Annual report of the Madras Medical College
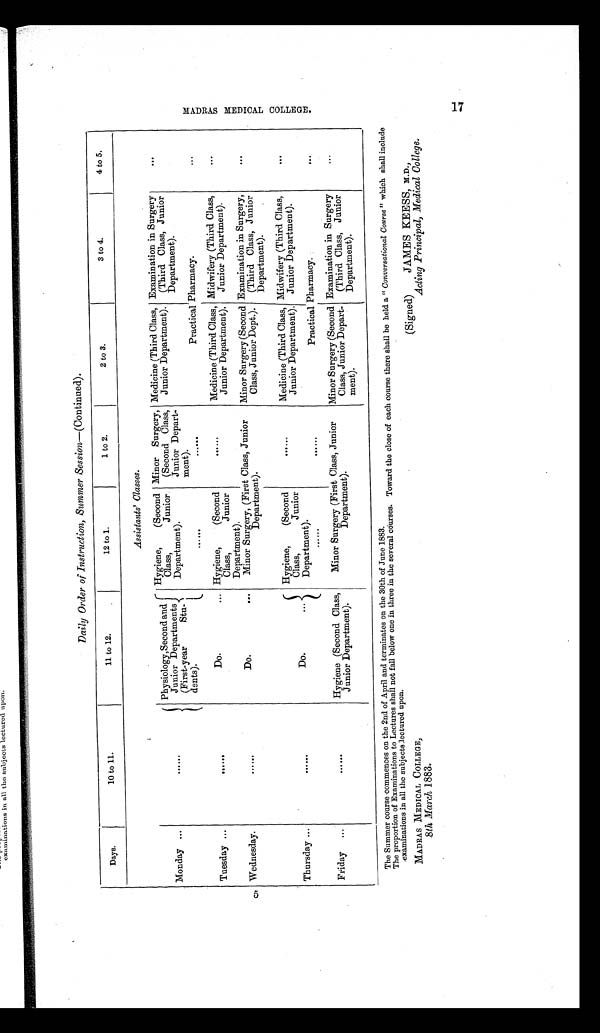
MADRAS MEDI CAL COLLEGE. 17
Daily Order of Instruction, Summer Session —(Continued).
Days.
10 to 11.
11 to 12.
12 to 1.
1 to 2.
2 to 3.
3 to 4.
4 to 5.
Assistants' Classes.
Monday ...
......
Physiology, Second and
Junior Departments
(First-year
Stu-
dents).
Hygiene,
(Second
Class,
Junior
Department).
Minor Surgery,
(Second Class,
Junior Depart-
ment).
Medicine (Third Class,
Junior Department).
Examination in Surgery
(Third Class, Junior
Department).
. . .
......
Practical Pharmacy.
. . .
Tuesday
. . .
. . . . . .
Do.
... Hygiene,
(Second
Class,
Junior
Department).
......
Medicine (Third Class,
Junior Department).
Midwifery (Third Class,
Junior Department).
...
Wednesday.
Do.
Minor Surgery, (First Class, Junior
Department).
Minor Surgery (Second
Class, Junior Dept.).
Examination in Surgery,
(Third Class, Junior
Department).
. . .
Thursday ...
Do.
...
Hygiene,
(Second
Class,
Junior
Department).
......
Medicine (Third Class,
Junior Department).
Midwifery (Third Class,
Junior Department).
. . .
Practical Pharmacy.
...
Friday
...
Hygiene (Second Class,
Junior Department).
Minor Surgery (First Class, Junior
Department).
Minor Surgery (Second
Class, Junior Depart-
ment).
Examination in Surgery
(Third Class, Junior
Department).
. . .
The Summer course commences on the 2nd of April and terminates on the 30th of June 1883.
The proportion of Examinations to Lectures shall not fall below one in three in the several cóurses. Toward the close of each course there shall be held a " Conversational Course" which shall include
examinations in all the subjects lectured upon.
MADRAS MEDICAL COLLEGE,
8 th March 1883.
(Signed)
JAMES KEESS, M.D.,
Acting Principal, Medical College.
5